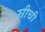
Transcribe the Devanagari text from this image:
स्रीची